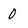
Character: 0